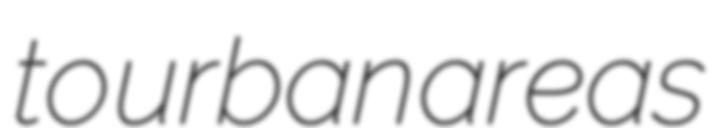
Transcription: to urban areas